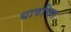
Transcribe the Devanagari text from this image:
धावचित